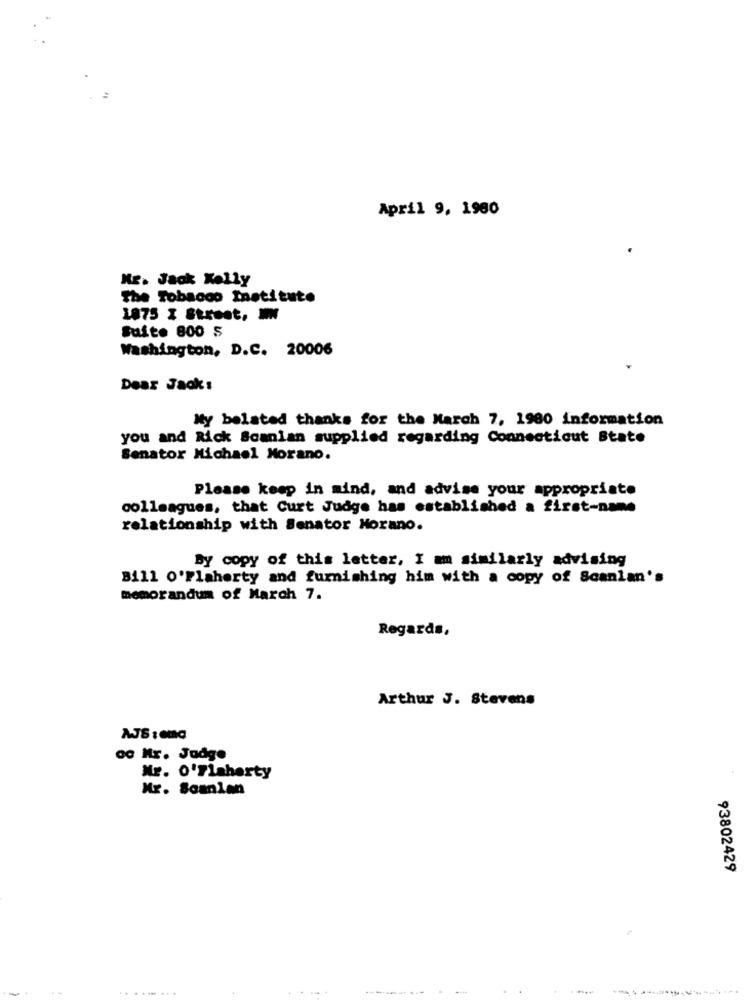
April 9, 1980
Mr. Jack Kelly
The Tobacco Institute
1875 I Street, W
Suite 800 S
Washington, D.C. 20006
Dear Jack:
My belated thanks for the March 7, 1980 information
you and Rick Scanlan supplied regarding Connecticut State
Senator Michael Morano.
Please keep in mind, and advise your appropriate
colleagues, that Curt Judge has established a first-name
relationship with Senator Horano.
By copy of this letter, I am similarly advising
Bill O'Flaherty and furnishing him with a copy of Scanlan's
memorandum of March 7.
Regards,
Arthur J. Stevens
ac Hr. Judge
Mr. O'Flaherty
Mr. Scanlan
93802429